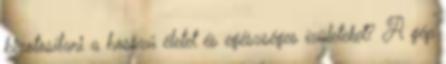
bizotosítani a hosszú életet és egészséges ízületeket? A gép